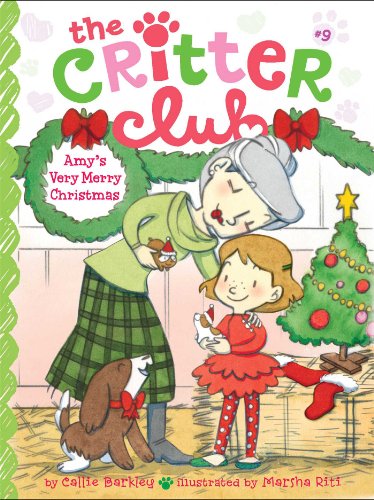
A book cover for Amy's Very Merry Christmas (The Critter Club); Callie Barkley; Children's Books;